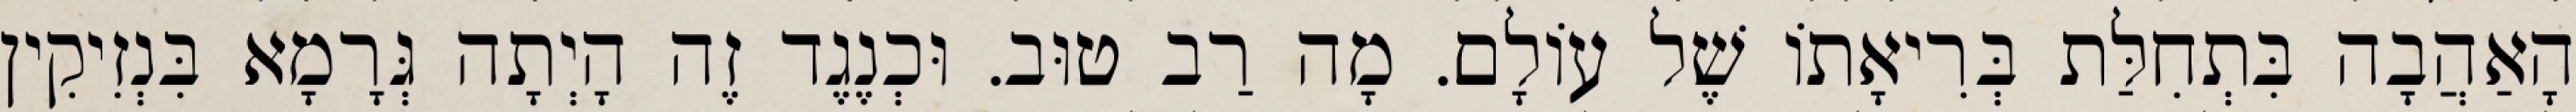
הָאַהֲבָה בִּתְחִלַּת בְּרִיאָתוֹ שֶׁל עוֹלָם. מָה רַב טוּב. וּכְנֶגֶד זֶה הָיְתָה גְּרָמָא בִּנְזִיקִין